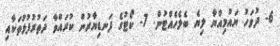
6- ދުވަހު ޔައުމިއްޔާ ލިޔެ ބެލެހެއްޓުން. 7- ކޯޓުގެ ފަނޑިޔާރުން ކުރައްވާ ދަތުރުފުޅުތަކާއި